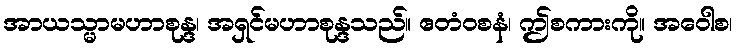
အာယသ္မာမဟာစုန္ဒ၊ အရှင်မဟာစုန္ဒသည်။ ဧတံဝစနံ၊ ဤစကားကို။ အဝေါစ၊